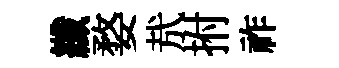
纖婺㢤拊祚